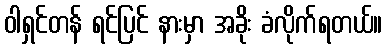
ဝါရှင်တန် ရင်ပြင် နားမှာ အခိုး ခံလိုက်ရတယ်။